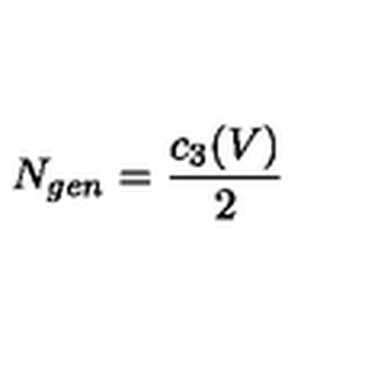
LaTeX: N _ { g e n } = \frac { c _ { 3 } ( V ) } { 2 }